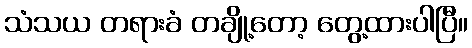
သံသယ တရားခံ တချို့တော့ တွေ့ထားပါပြီ။